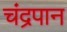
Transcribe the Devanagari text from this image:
चंद्रपान